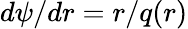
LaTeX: d\psi/dr=r/q(r)